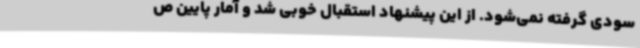
سودی گرفته نمی‌شود. از این پیشنهاد استقبال خوبی شد و آمار پایین ص